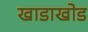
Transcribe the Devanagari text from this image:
खाडाखोड